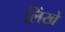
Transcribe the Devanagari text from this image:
लिंखें